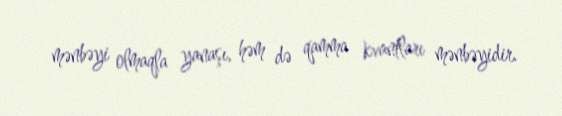
mənbəyi olmaqla yanaşı, həm də qamma kvantları mənbəyidir.